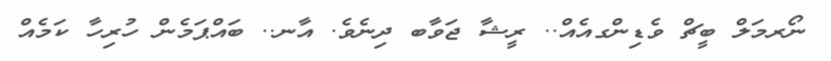
ނޯރމަލް ބީޗް ވެޑިންގއެއް.. ރީޝާ ޖަވާބ ދިނެވެ. އާނ.. ބައްޕަމެން ހުރިހާ ކަމެއް